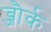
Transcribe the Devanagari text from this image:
ब्जौर्क